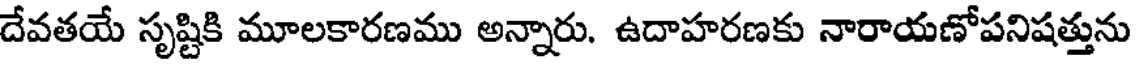
దేవతయే సృష్టికి మూలకారణము అన్నారు. ఉదాహరణకు నారాయణోపనిషత్తును